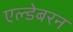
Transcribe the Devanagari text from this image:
एल्डेबरन